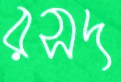
রসদ